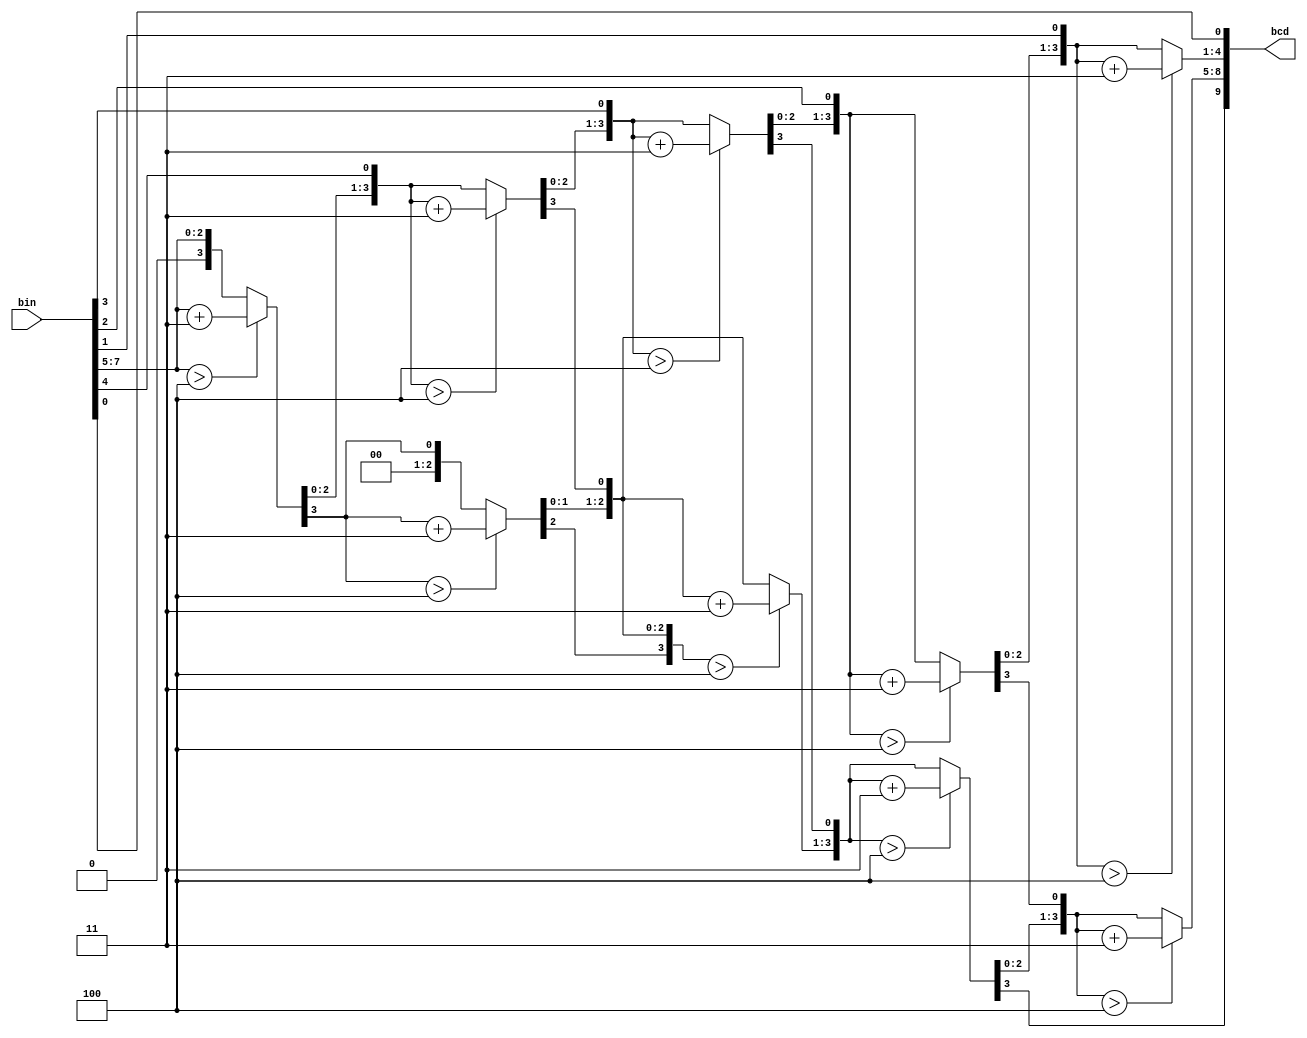
//BCD
module binbcd8(bin,bcd);
	 
input wire [7:0] bin;
output reg [9:0] bcd;

reg [17:0] z;
always@(*) begin
	  z = 18'b0;
	  z[10:3]=bin;
	  repeat(5)
	  begin
			if(z[11:8]>4) z[11:8] = z[11:8] + 4'd3;
			if(z[15:12]>4) z[15:12] = z[15:12] + 4'd3;
			z[17:1] = z[16:0];
	  end
	  bcd = z[17:8];
end
endmodule